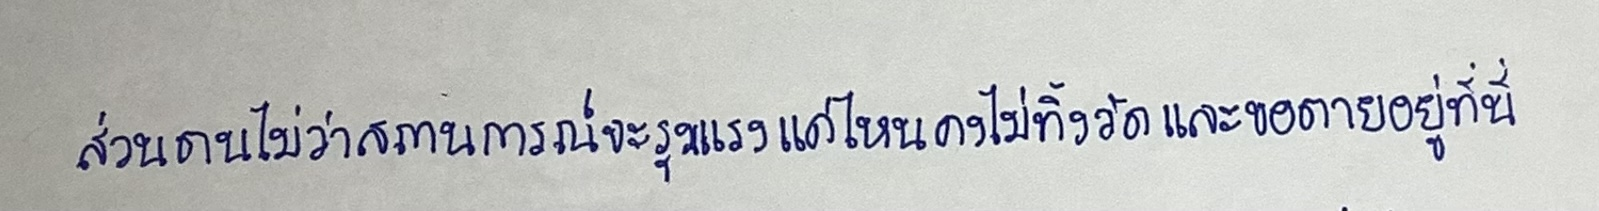
ส่วนตนไม่ว่าสถานการณ์จะรุนแรงแค่ไหนคงไม่ทิ้งวัดและขอตายอยู่ที่นี่